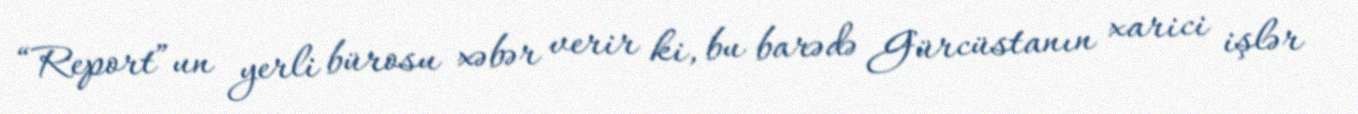
“Report”un yerli bürosu xəbər verir ki, bu barədə Gürcüstanın xarici işlər